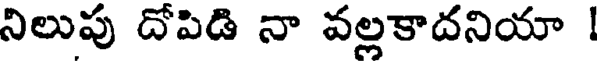
నిలుపు దోపిడి నా వల్లకాదనియా !